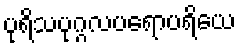
ပုရိသပုဂ္ဂလပရောပရိယေ